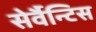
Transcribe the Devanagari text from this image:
सेर्वैन्टिस